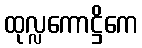
ထုလ္လကောဋ္ဌိကေ